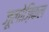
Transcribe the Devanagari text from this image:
ज़ूलोज़िकल